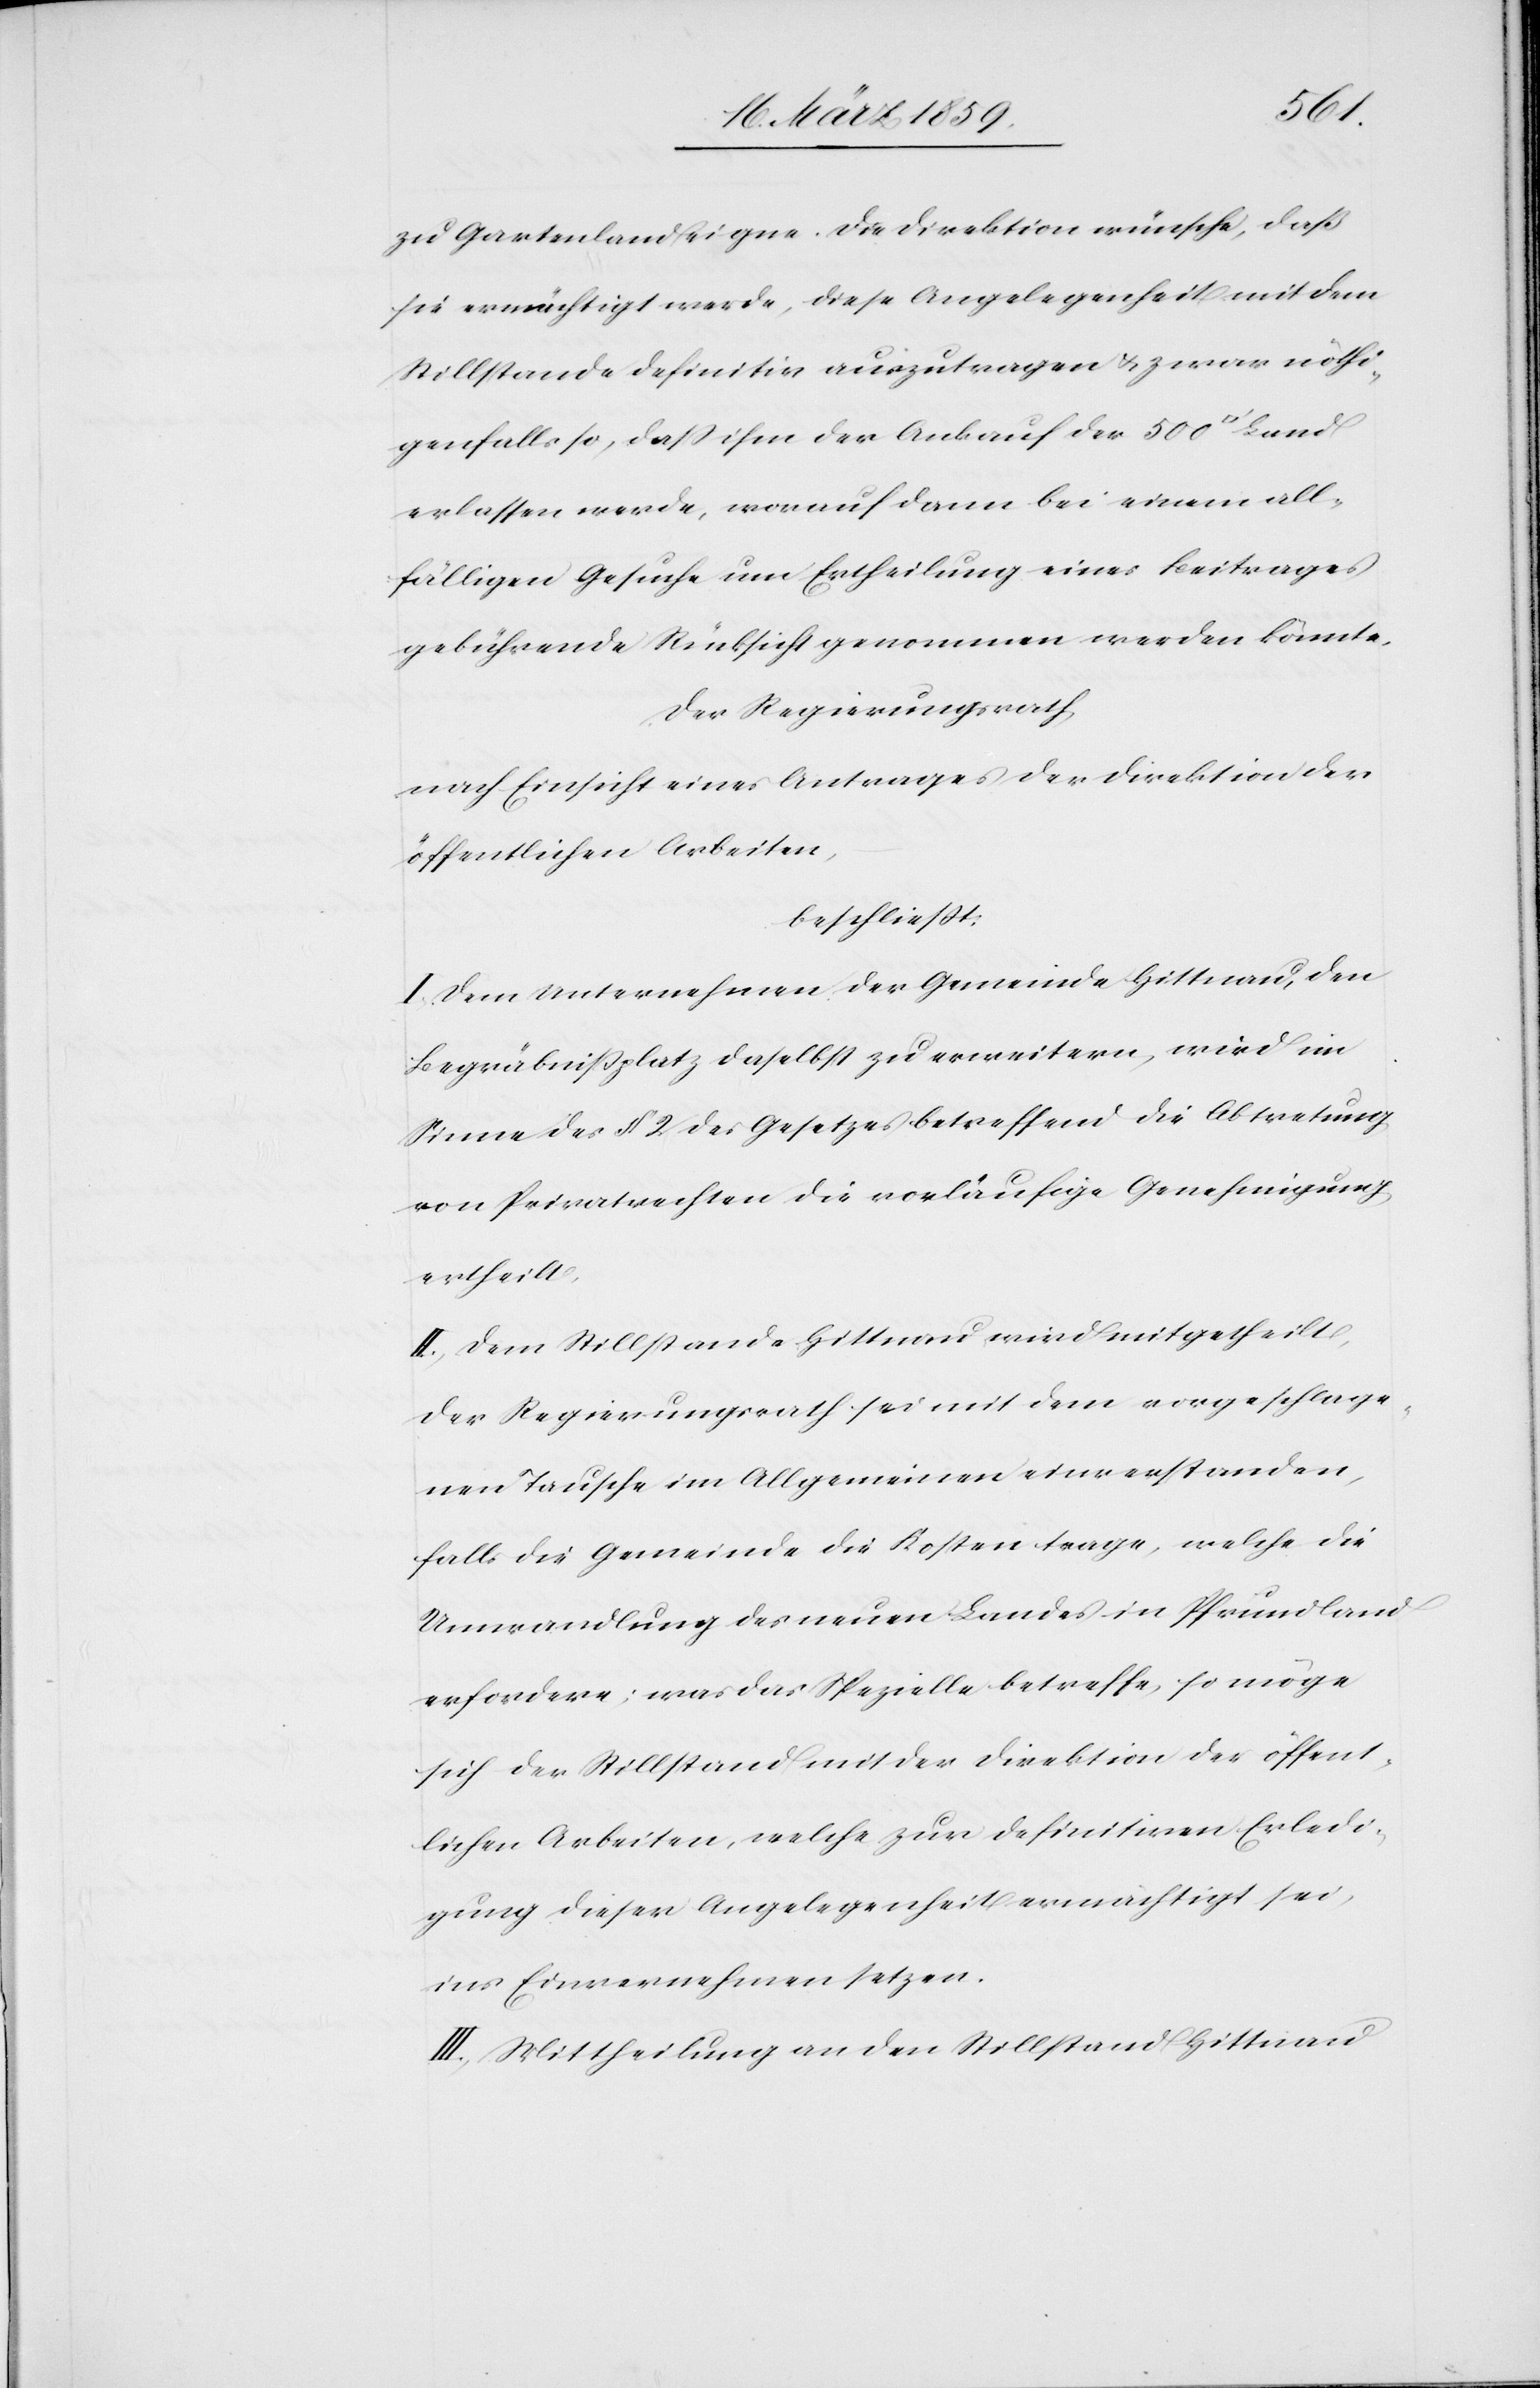
zu Gartenland eigne. Die Direktion wünsche, daß
sie ermächtigt werde, diese Angelegenheit mit dem
Stillstande definitiv auszutragen & zwar nöthi¬
genfalls so, daß ihm der Ankauf der 500
erlassen werde, worauf dann bei einem all¬
fälligen Gesuche um Ertheilung eines Beitrages
gebührende Rücksicht genommen werden könnte.
Der Regierungsrath,
nach Einsicht eines Antrages der Direktion der
öffentlichen Arbeiten,
beschließt:
I. Dem Unternehmen der Gemeinde Hittnau, den
Begräbnißplatz daselbst zu erweitern, wird im
Sinne des § 2 des Gesetzes betreffend die Abtretung
von Privatrechten die vorläufige Genehmigung
ertheilt.
II. Dem Stillstande Hittnau wird mitgetheilt,
der Regierungsrath sei mit dem vorgeschlage¬
nen Tausche im Allgemeinen einverstanden,
falls die Gemeinde die Kosten trage, welche die
Unwandlung des neuen Landes in Pfrundland
erfordere; was das Spezielle betreffe, so möge
sich der Stillstand mit der Direktion der öffent¬
lichen Arbeiten, welche zur definitiven Erledi¬
gung dieser Angelegenheit ermächtigt sei,
ins Einvernehmen setzen.
III. Mittheilung an den Stillstand Hittnau